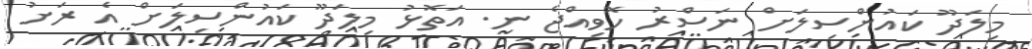
މިލަދޫ ކައުންސިލަށް ނަސްރު ހޮވިއްޖެ ނ. އަތޮޅު މިލަދޫ ކައުންސިލަށް އެ ރަށު